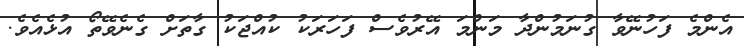
އެންމެ ފަހުނޭވާ ގުނަމުންދާ މަންމަ އޭރުވެސް ފަހަރަކު ކުއްޖަކު ގާތަށް ގެނެވޭތޯ އުޅެއެވެ.